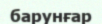
барунғар